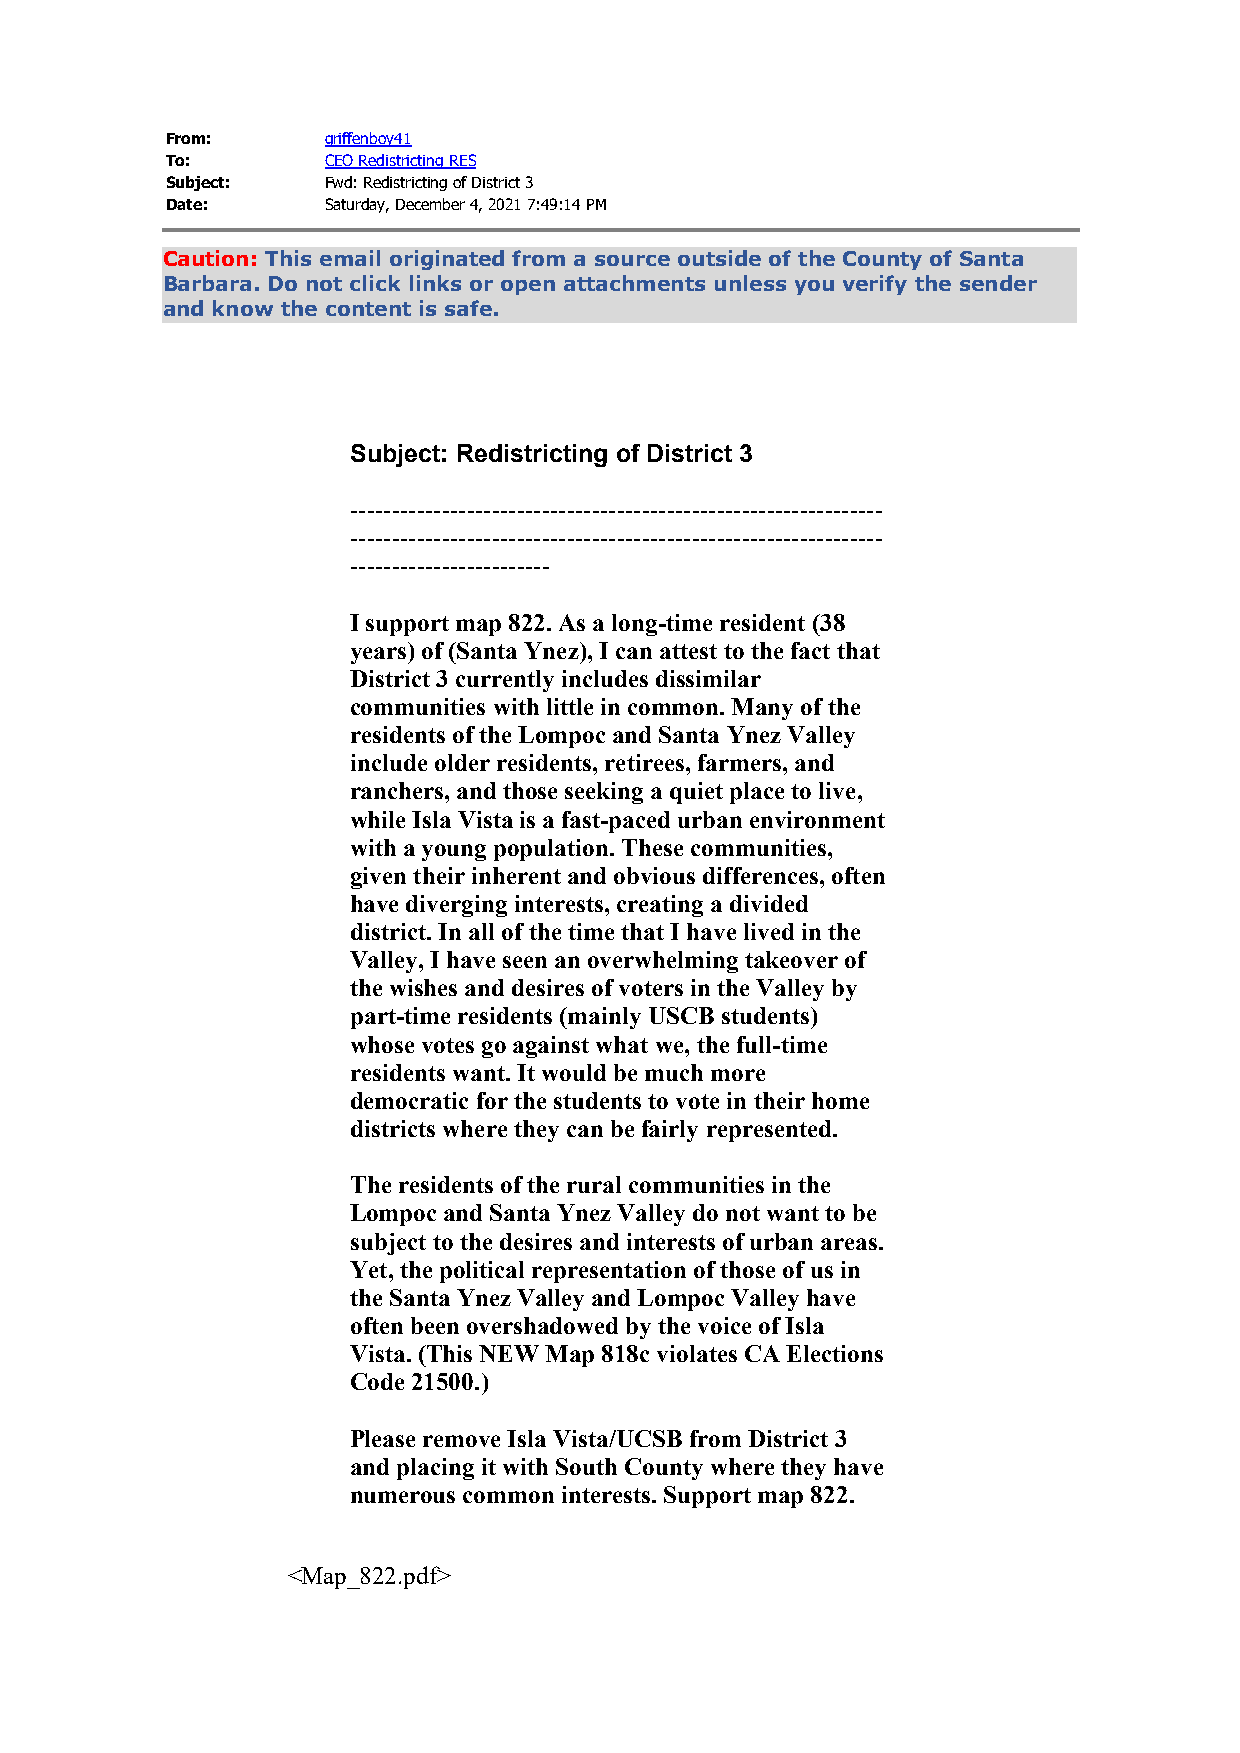
From:      griffenboy41
 To:        CEO Redistricting RES
 Subject:   Fwd: Redistricting of District 3
 Date:      Saturday, December 4, 2021 7:49:14 PM
 Caution: This email originated from a source outside of the County of Santa
 Barbara. Do not click links or open attachments unless you verify the sender
 and know the content is safe.
 Subject: Redistricting of District 3
 ----------------------------------------------------------------
 ----------------------------------------------------------------
 ------------------------
 I support map 822. As a long-time resident (38
 years) of (Santa Ynez), I can attest to the fact that
 District 3 currently includes dissimilar
 communities with little in common. Many of the
 residents of the Lompoc and Santa Ynez Valley
 include older residents, retirees, farmers, and
 ranchers, and those seeking a quiet place to live,
 while Isla Vista is a fast-paced urban environment
 with a young population. These communities,
 given their inherent and obvious differences, often
 have diverging interests, creating a divided
 district. In all of the time that I have lived in the
 Valley, I have seen an overwhelming takeover of
 the wishes and desires of voters in the Valley by
 part-time residents (mainly USCB students)
 whose votes go against what we, the full-time
 residents want. It would be much more
 democratic for the students to vote in their home
 districts where they can be fairly represented.
 The residents of the rural communities in the
 Lompoc and Santa Ynez Valley do not want to be
 subject to the desires and interests of urban areas.
 Yet, the political representation of those of us in
 the Santa Ynez Valley and Lompoc Valley have
 often been overshadowed by the voice of Isla
 Vista. (This NEW Map 818c violates CA Elections
 Code 21500.)
 Please remove Isla Vista/UCSB from District 3
 and placing it with South County where they have
 numerous common interests. Support map 822.
 <Map_822.pdf>